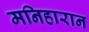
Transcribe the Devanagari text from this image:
मनिहारान